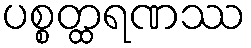
ပစ္စတ္ထရဏဿ